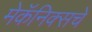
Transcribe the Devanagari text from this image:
मेकॅनिक्सचे